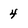
Character: 4